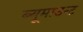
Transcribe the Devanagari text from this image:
ब्यूमाउन्ट